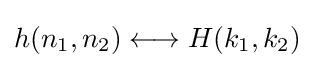
h(n_{1},n_{2})\longleftrightarrow H(k_{1},k_{2})